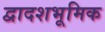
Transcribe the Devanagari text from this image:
द्वादशभूमिक